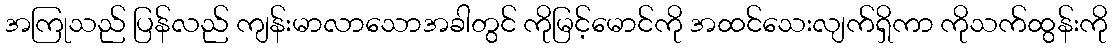
အကြုသည် ပြန်လည် ကျန်းမာလာသောအခါတွင် ကိုမြင့်မောင်ကို အထင်သေးလျက်ရှိကာ ကိုသက်ထွန်းကို